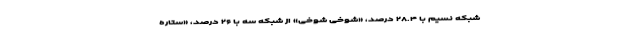
شبکه نسیم با ۲۸.۴ درصد، «شوخی شوخی» از شبکه سه با ۲۶ درصد، «ستاره